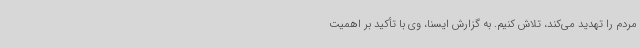
مردم را تهدید می‌کند، تلاش کنیم. به گزارش ایسنا، وی با تأکید بر اهمیت